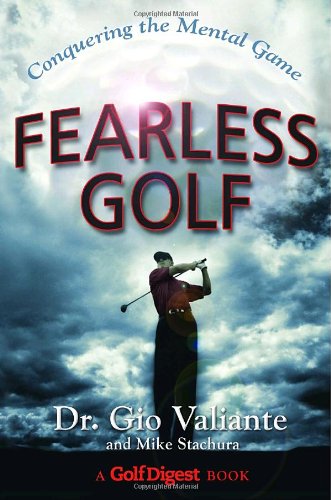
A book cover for Fearless Golf: Conquering the Mental Game; Dr. Gio Valiante; Sports & Outdoors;